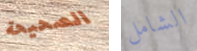
الصحيحة الشامل